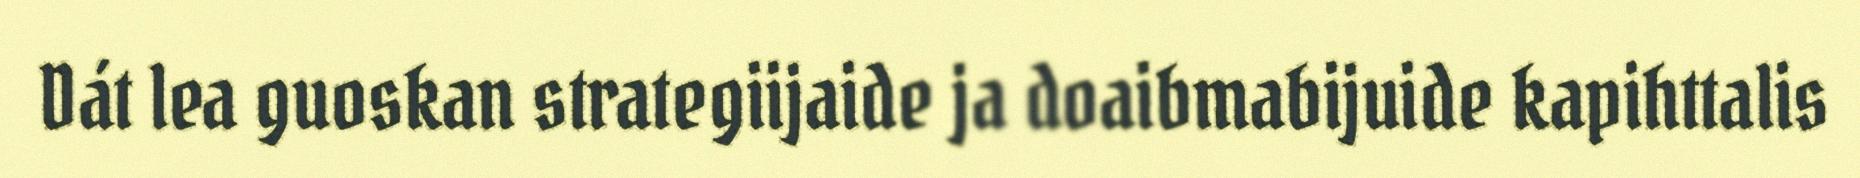
Dát lea guoskan strategiijaide ja doaibmabijuide kapihttalis